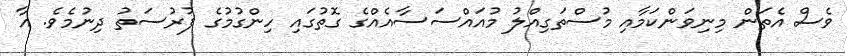
ވެސް އެތަން މިނިވަންކަމާއި މުސްތަގިއްލު މުއައްސަސާއެއްގެ ގޮތުގައި ހިންގުމުގެ ފުރުސަތު ދިނުމެވެ. އާ